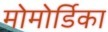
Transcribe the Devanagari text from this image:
मोमोर्डिका